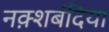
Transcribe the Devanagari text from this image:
नक़्शबंदिया